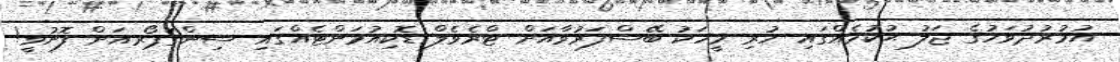
އުމުރުދުވަހުގެ ޖަލު ޙުކުމެއްގައި ހުރި މީހަކު ބޭސްފަރުވާއަށް ޓްރެވެލް ޑޮކިއުމަންޓެއްގައި ސިންގަޕޯރއަށް ފޮނުވީ!